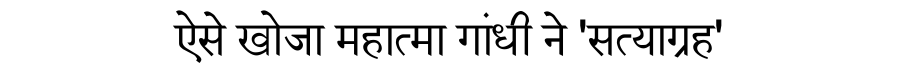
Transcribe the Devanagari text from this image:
ऐसे खोजा महात्मा गांधी ने 'सत्याग्रह'